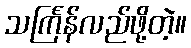
သင်္ကြန်လည်ဖို့တဲ့။